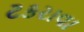
ટકરાવા